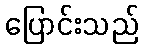
ပြောင်းသည်